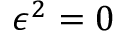
\epsilon ^ { 2 } = 0